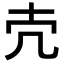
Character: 𪞱